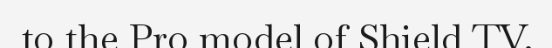
to the Pro model of Shield TV.